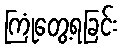
ကြုံတွေ့ရခြင်း